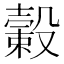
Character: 𣫎